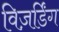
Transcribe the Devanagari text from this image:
विज़र्डिंग